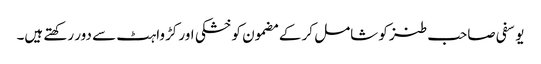
یوسفی صاحب طنز کو شامل کر کے مضمون کو خشکی اور کڑواہٹ سے دور رکھتے ہیں۔